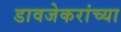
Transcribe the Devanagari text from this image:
डावजेकरांच्या